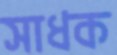
সাধক